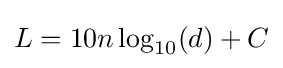
L=10n\log _{10}(d)+C